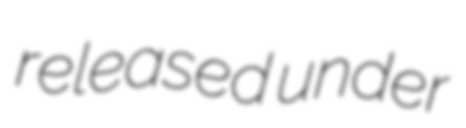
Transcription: released under